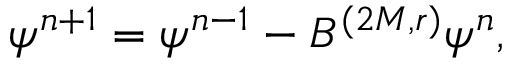
\psi ^ { n + 1 } = \psi ^ { n - 1 } - B ^ { ( 2 M , r ) } \psi ^ { n } ,